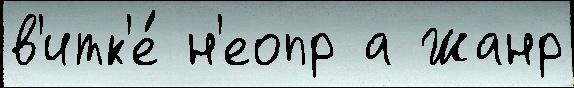
в'итк'е́ н'еопр а Жанр